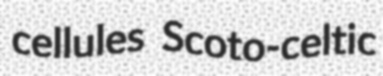
cellules Scoto-celtic